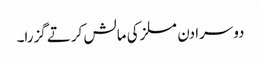
دوسرا دن مسلز کی مالش کرتے گزرا۔